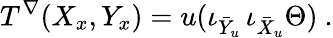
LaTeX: T^{\nabla}(X_{x},Y_{x})=u(\iota_{\bar{Y}_{u}}\, \iota_{\bar{X}_{u}}\Theta)\ .